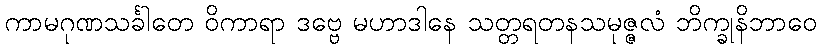
ကာမဂုဏသင်္ခါတေ ဝိကာရာ ဒဗ္ဗေ မဟာဒါနေ သတ္တရတနသမုဇ္ဇလံ ဘိက္ခုနိဘာဝေ